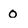
Character: 0